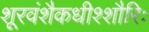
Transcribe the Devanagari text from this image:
शूरवंशैकधीश्शौरिः